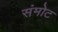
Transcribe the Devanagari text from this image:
संमोट